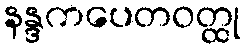
နန္ဒကပေတဝတ္ထု